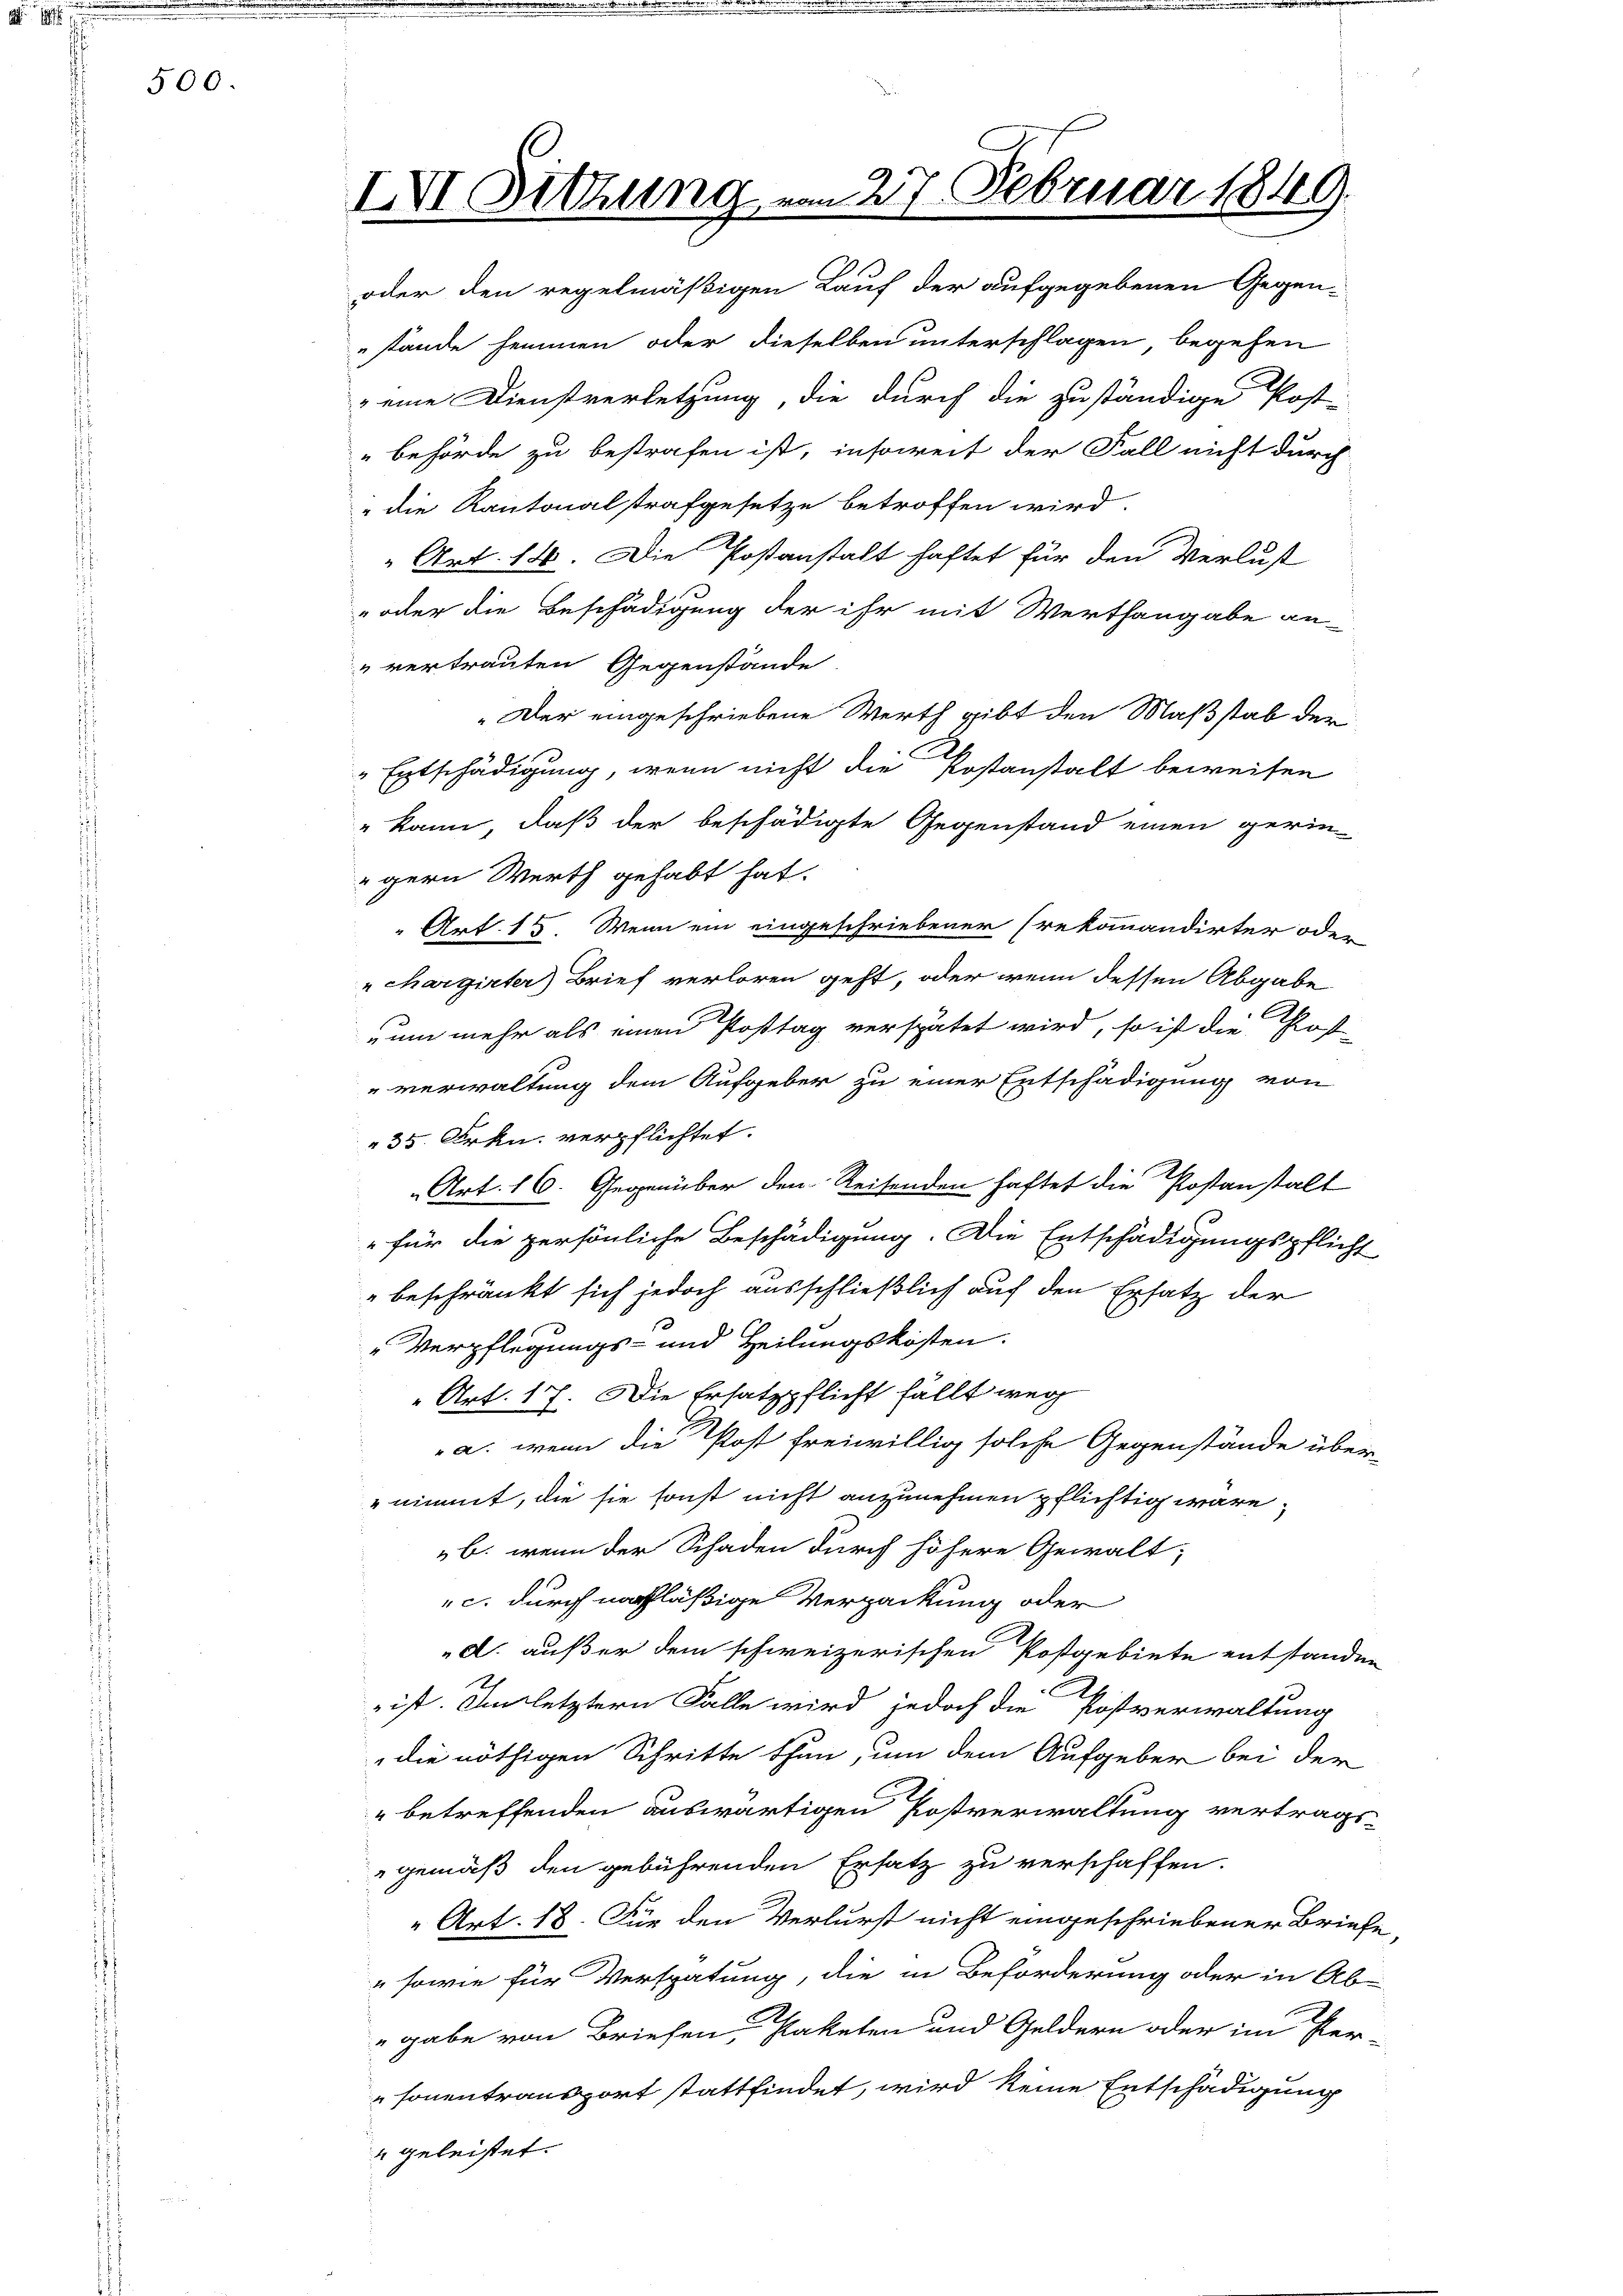
s

500.

IVI Sitzung

oder den regelmäßigen Lauf der aufgegebenen Gegen-
stände hemmen oder dieselben unterschlagen, begehen
 eine Dienstverletzung, die durch die zuständige Post-
behörde zu bestrafen ist, insoweit der Fall nicht durch
" die Kantonalstrafgesetze betroffen wird.
Art. 14. Die Postanstalt haftet für den Verlust
 oder die Beschädigung der ihr mit Werthangabe an-
" vertrauten Gegenstände
Der eingeschriebene Werth gibt den Maßstab der
Entschädigung, wenn nicht die Postanstalt beweisen
" kann, daß der beschädigte Gegenstand einen gerin
gern Werth gehabt hat.
 Art. 15. Wenn ein eingeschriebener (rekommandirter oder
chargirter) Brief verloren geht, oder wenn dessen Abgabe
um mehr als einen Posttag verspätet wird, so ist die Roß
verwaltung dem Aufgeber zu einer Entschädigung von
35. Frkn. verpflichtet.
Art. 16. Gegenüber den Reisenden haftet die Postanstalt
für die persönliche Beschädigung. Die Entschädigungspflicht
" beschränkt sich jedoch ausschließlich auf den Ersatz der
"Verpflegungs- und Heilungskosten.
„Art. 17. Die Ersatzpflicht fällt weg
a. wenn die Post freiwillig solche Gegenstände über
nimmt, die sie sonst nicht anzunehmen pflichtig wäre,
b. wenn der Schaden durch höhere Gewalt;
c. durch nachläßige Verpackung oder
d. außer dem schweizerischen Postgebiete entstanden
A
 ist. Im letztern Falle wird jedoch die Postverwaltung
die nöthigen Schritte thun, um dem Aufgeber bei der
" betreffenden auswärtigen Postverwaltung vertragsgemäß den gebührenden Ersatz zu verschaffen.
" Art. 18. Die den Verlurst nicht eingeschriebener Briefe,
" sowie für Verspätung, die in Beförderung oder in Ab-
gabe von Briefen, Paketen und Geldern oder im Per-
sonentransport stattfindet, wird keine Entschädigung
 geleistet.

27. Februar 1849.